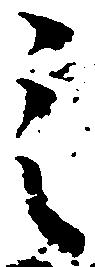
之